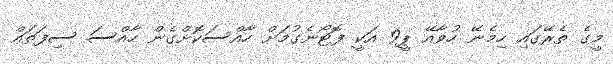
މީގެ ތެރޭގައި ހިމެނޭ ހުވާއޭ ޕީ9 އަކީ ފޮޓޯނެގުމަށް ހާއްސަކޮށްގެން ހާއްސަ ސިފަތައް